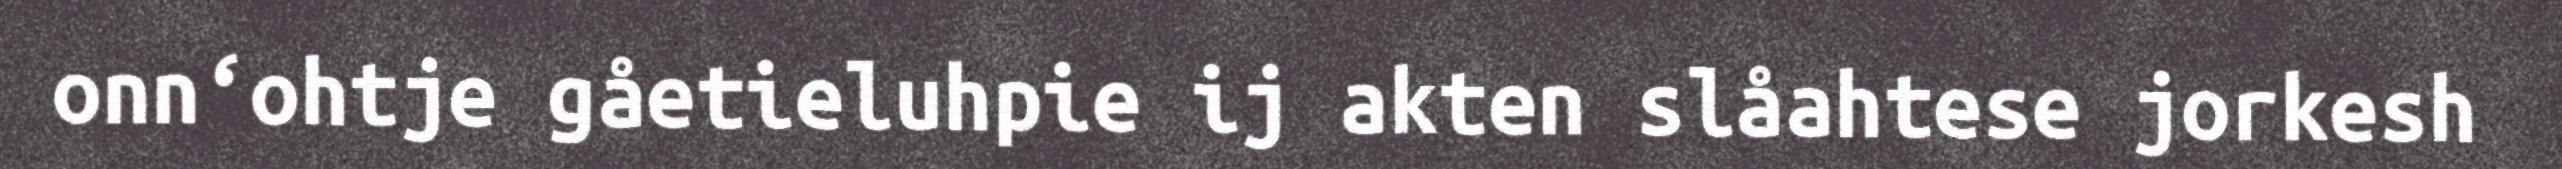
onn‘ohtje gåetieluhpie ij akten slåahtese jorkesh